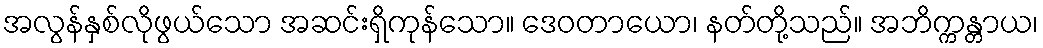
အလွန်နှစ်လိုဖွယ်သော အဆင်းရှိကုန်သော။ ဒေဝတာယော၊ နတ်တို့သည်။ အဘိက္ကန္တာယ၊